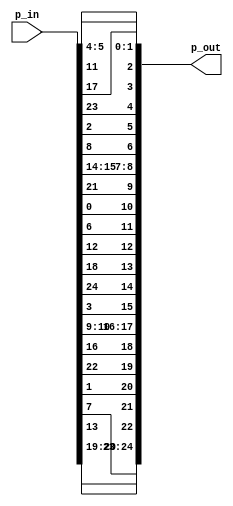
module Permuter (
    p_in,

    p_out
);

    input [24:0] p_in;

    output [24:0] p_out;

    genvar i, j;

    generate 
        for(j = 0; j < 5; j=j+1)
            for(i = 0; i < 5; i=i+1)
                assign p_out[(((j+3)%5)+2)%5 + 5*(((2*(i+3)%5 + 3*(j+3)%5)+2)%5)] = p_in[i+5*j];
    endgenerate
    
endmodule